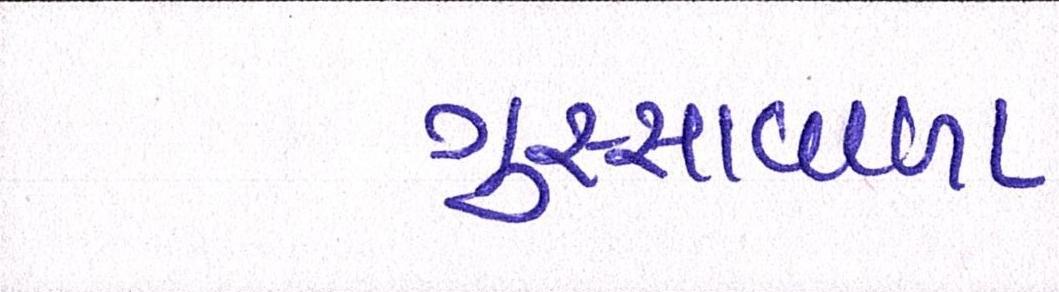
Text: ગુસ્સાવાળા